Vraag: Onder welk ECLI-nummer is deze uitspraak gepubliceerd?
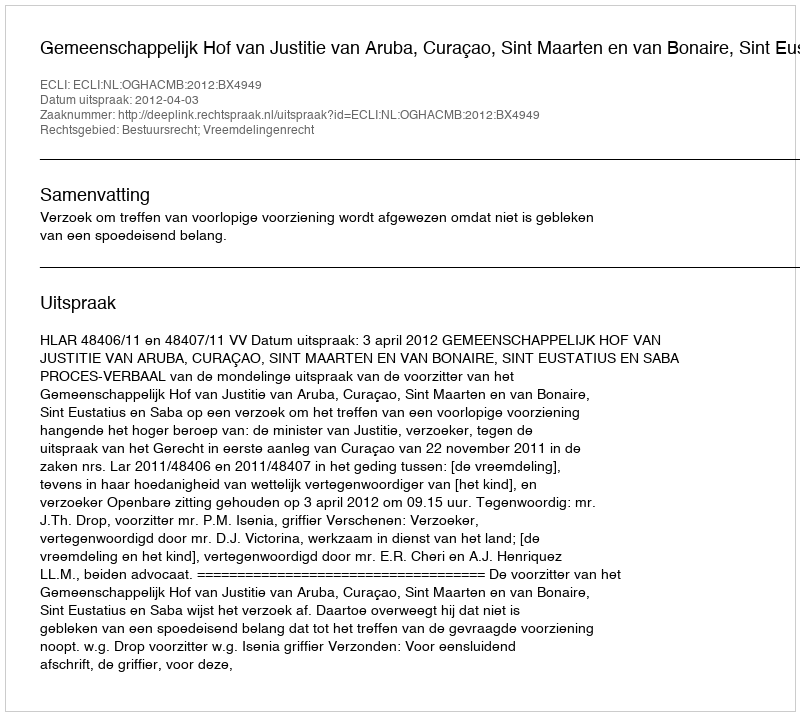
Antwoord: ECLI:NL:OGHACMB:2012:BX4949